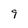
Character: 9